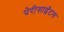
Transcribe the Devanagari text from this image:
पेरीसाईंटस